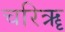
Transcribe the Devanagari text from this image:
चरिॠ